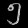
Digit: ၅